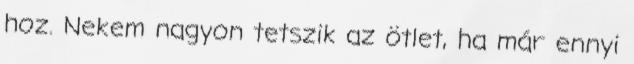
hoz. Nekem nagyon tetszik az ötlet, ha már ennyi